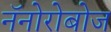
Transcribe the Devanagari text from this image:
नॅनोरोबोज